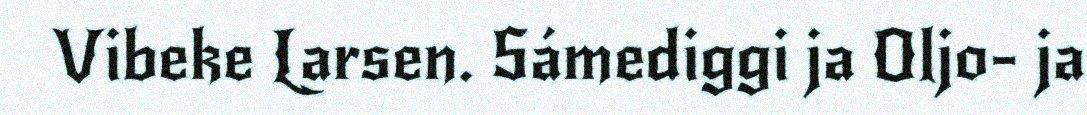
Vibeke Larsen. Sámediggi ja Oljo- ja